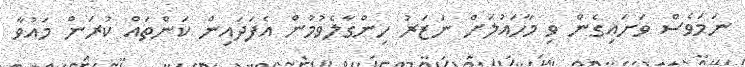
ނަމަވެސް ވަށައިގެން ވި މާހައުލަށް ނަޒަރު ހިންގާލެވުމުން އެފަދައިން ކަންތައް ކުރަން މައުވާ